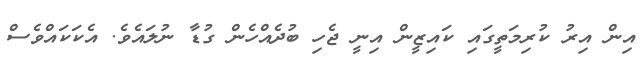
އިން އިރު ކުރިމަތީގައި ކައިޒީން އިނީ ޖެހި ބުދެއްހެން ގުޑާ ނުލައެވެ. އެކަކައްވެސް